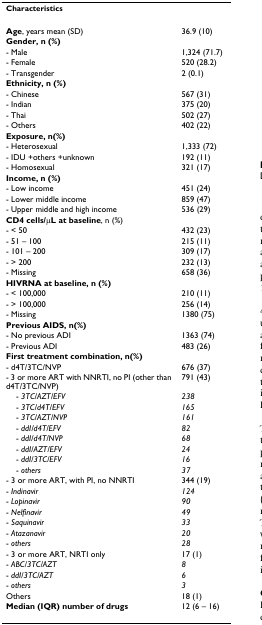
| Characteristics |  |
 | --- | --- |
 | Age, years mean (SD) | 36.9 (10) |
 | Gender, n (%) |  |
 | - Male | 1,324 (71.7) |
 | - Female | 520 (28.2) |
 | - Transgender | 2 (0.1) |
 | Ethnicity, n (%) |  |
 | - Chinese | 567 (31) |
 | - Indian | 375 (20) |
 | - Thai | 502 (27) |
 | - Others | 402 (22) |
 | Exposure, n(%) |  |
 | - Heterosexual | 1,333 (72) |
 | - IDU +others +unknown | 192 (11) |
 | - Homosexual | 321 (17) |
 | Income, n (%) |  |
 | - Low income | 451 (24) |
 | - Lower middle income | 859 (47) |
 | - Upper middle and high income | 536 (29) |
 | CD4 cells/μL at baseline, n (%) |  |
 | - < 50 | 432 (23) |
 | - 51 – 100 | 215 (11) |
 | - 101 – 200 | 309 (17) |
 | - > 200 | 232 (13) |
 | - Missing | 658 (36) |
 | HIVRNA at baseline, n (%) |  |
 | - < 100,000 | 210 (11) |
 | - > 100,000 | 256 (14) |
 | - Missing | 1380 (75) |
 | Previous AIDS, n(%) |  |
 | - No previous ADI | 1363 (74) |
 | - Previous ADI | 483 (26) |
 | First treatment combination, n(%) |  |
 | - d4T/3TC/NVP | 676 (37) |
 | - 3 or more ART with NNRTI, no PI (other than d4T/3TC/NVP) | 791 (43) |
 | - 3TC/AZT/EFV | 238 |
 | - 3TC/d4T/EFV | 165 |
 | - 3TC/AZT/NVP | 161 |
 | - ddI/d4T/EFV | 82 |
 | - ddI/d4T/NVP | 68 |
 | - ddI/AZT/EFV | 24 |
 | - ddI/3TC/EFV | 16 |
 | - others | 37 |
 | - 3 or more ART, with PI, no NNRTI | 344 (19) |
 | - Indinavir | 124 |
 | - Lopinavir | 90 |
 | - Nelfinavir | 49 |
 | - Saquinavir | 33 |
 | - Atazanavir | 20 |
 | - others | 28 |
 | - 3 or more ART, NRTI only | 17 (1) |
 | - ABC/3TC/AZT | 8 |
 | - ddI/3TC/AZT | 6 |
 | - others | 3 |
 | Others | 18 (1) |
 | Median (IQR) number of drugs | 12 (6 – 16) |